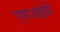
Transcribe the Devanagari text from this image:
एसआईसी